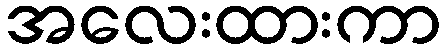
အလေးထားကာ